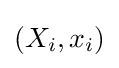
(X_{i},x_{i})